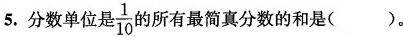
5.分数单位是\frac{1}{10}的所有最简真分数的和是( )。